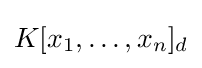
K[x_{1},\ldots ,x_{n}]_{d}